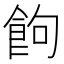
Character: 䬲